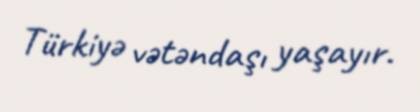
Türkiyə vətəndaşı yaşayır.